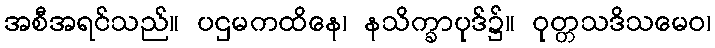
အစီအရင်သည်။ ပဌမကထိနေ၊ နသိက္ခာပုဒ်၌။ ဝုတ္တသဒိသမေဝ၊